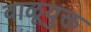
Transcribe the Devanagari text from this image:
वाळूयुक्त